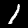
Digit: 1